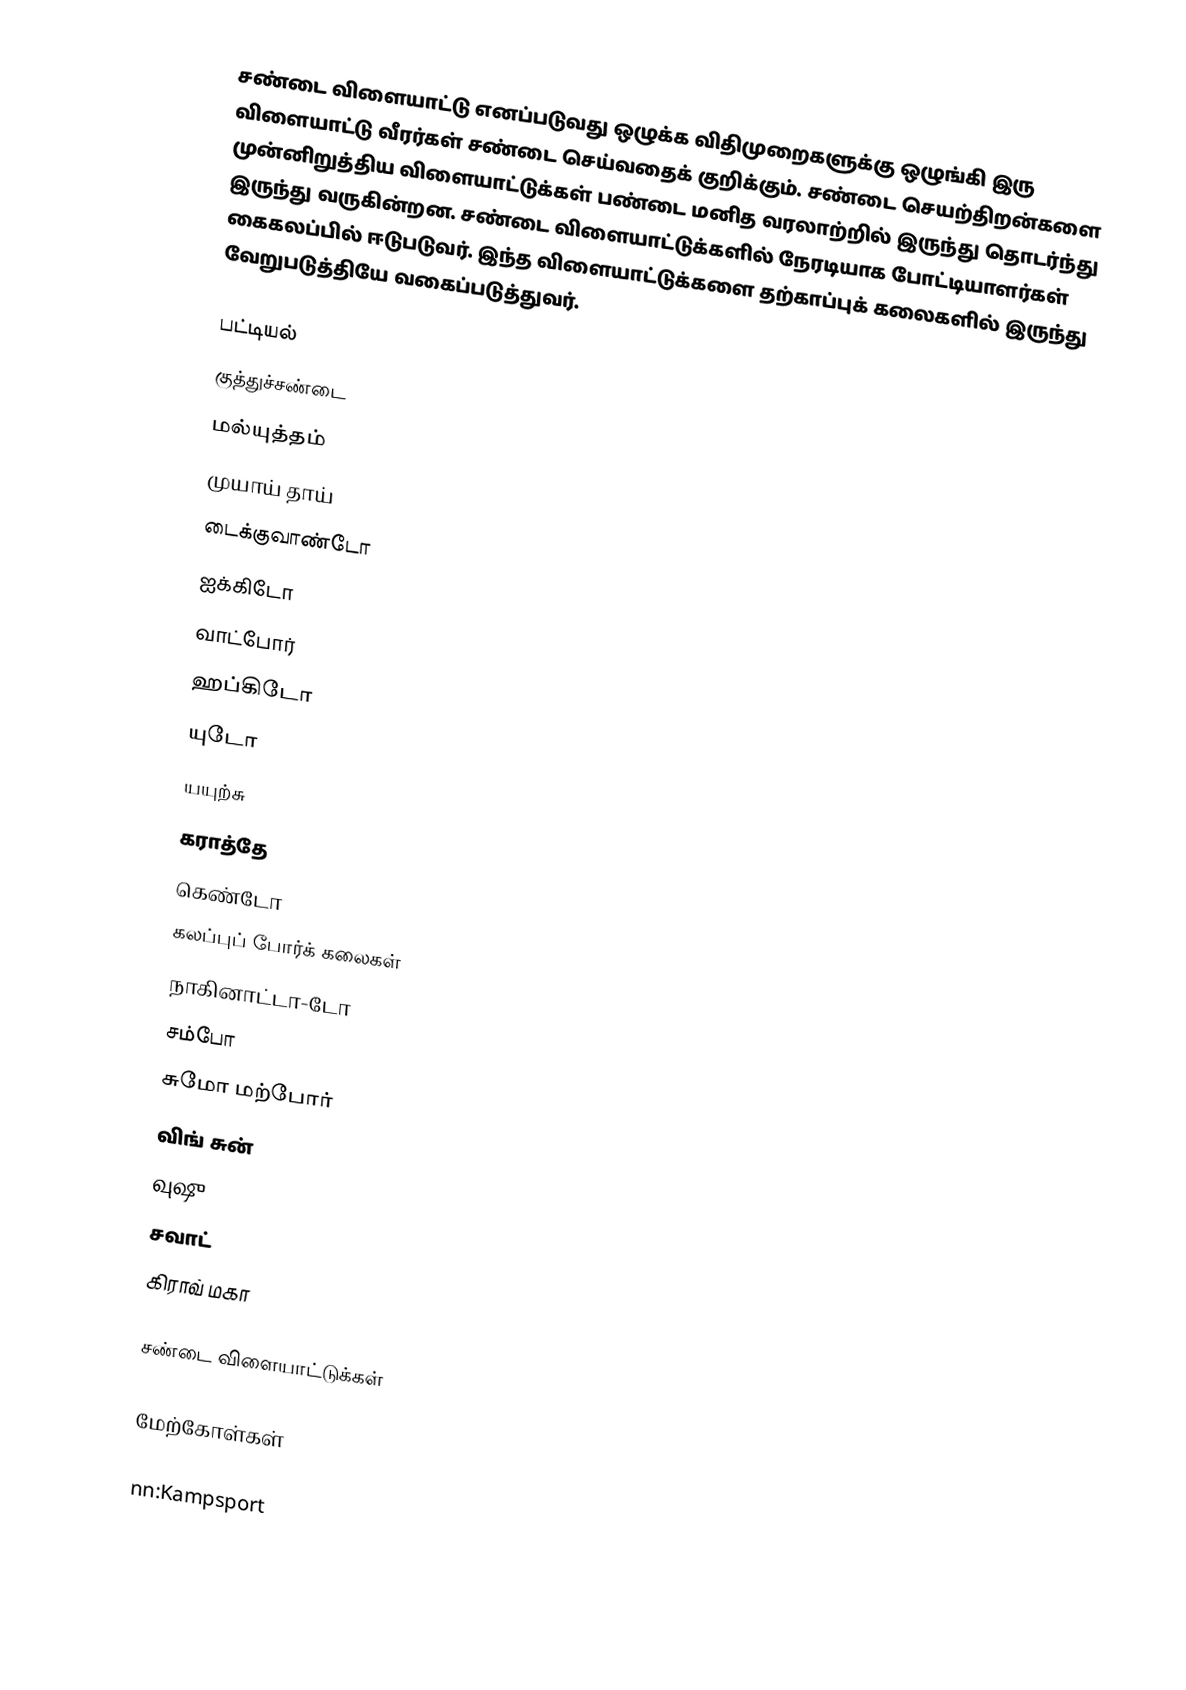
சண்டை விளையாட்டு எனப்படுவது ஒழுக்க விதிமுறைகளுக்கு ஒழுங்கி இரு விளையாட்டு வீரர்கள் சண்டை செய்வதைக் குறிக்கும்.  சண்டை செயற்திறன்களை முன்னிறுத்திய விளையாட்டுக்கள் பண்டை மனித வரலாற்றில் இருந்து தொடர்ந்து இருந்து வருகின்றன.  சண்டை விளையாட்டுக்களில் நேரடியாக போட்டியாளர்கள் கைகலப்பில் ஈடுபடுவர்.  இந்த விளையாட்டுக்களை தற்காப்புக் கலைகளில் இருந்து வேறுபடுத்தியே வகைப்படுத்துவர்.

பட்டியல்
 குத்துச்சண்டை
 மல்யுத்தம்
 முயாய் தாய்
 டைக்குவாண்டோ
 ஐக்கிடோ
 வாட்போர்
 ஹப்கிடோ
 யுடோ
 யயுற்சு
 கராத்தே
 கெண்டோ
 கலப்புப் போர்க் கலைகள்
 நாகினாட்டா-டோ
 சம்போ
 சுமோ மற்போர்
 விங் சுன்
 வுஷு
 சவாட்
 கிராவ் மகா

சண்டை விளையாட்டுக்கள்

மேற்கோள்கள்

nn:Kampsport